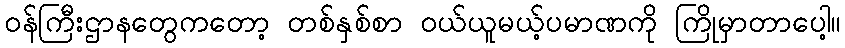
ဝန်ကြီးဌာနတွေကတော့ တစ်နှစ်စာ ဝယ်ယူမယ့်ပမာဏကို ကြိုမှာတာပေါ့။